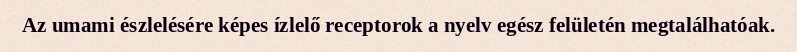
Az umami észlelésére képes ízlelő receptorok a nyelv egész felületén megtalálhatóak.